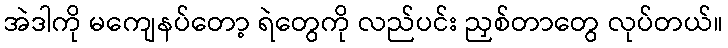
အဲဒါကို မကျေနပ်တော့ ရဲတွေကို လည်ပင်း ညှစ်တာတွေ လုပ်တယ်။